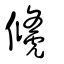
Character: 𧇐